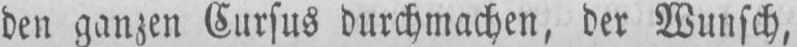
den ganzen Cursus durchmachen, der Wunsch,